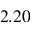
2 . 2 0